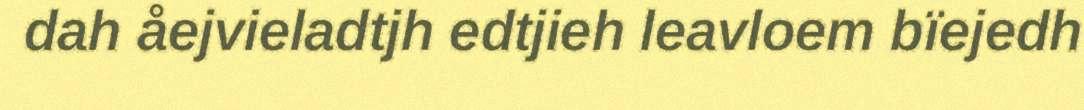
dah åejvieladtjh edtjieh leavloem bïejedh